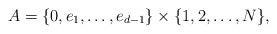
LaTeX: \begin{align*} A = \{0, e_1, \dots, e_{d-1}\} \times \{1, 2,\dots,N\},\end{align*}